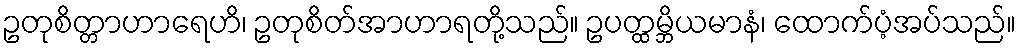
ဥတုစိတ္တာဟာရေဟိ၊ ဥတုစိတ်အာဟာရတို့သည်။ ဥပတ္ထမ္ဘိယမာနံ၊ ထောက်ပံ့အပ်သည်။